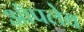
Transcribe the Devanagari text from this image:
ऑपलेव